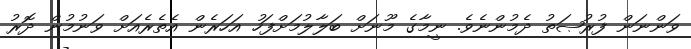
ވަންނަން ފުރުޞަތު ދެމުންނެވެ. ނީމާގެ މޫނަށް ބަލާލުމަށްފަހު އަހަރެން އެތެރެއަށް ވަނުމުން ދޮރު